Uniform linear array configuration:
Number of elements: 12
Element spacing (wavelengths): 0.25
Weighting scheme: blackman
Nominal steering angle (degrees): -15
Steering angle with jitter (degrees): -13.364
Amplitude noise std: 0.05
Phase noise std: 0.05

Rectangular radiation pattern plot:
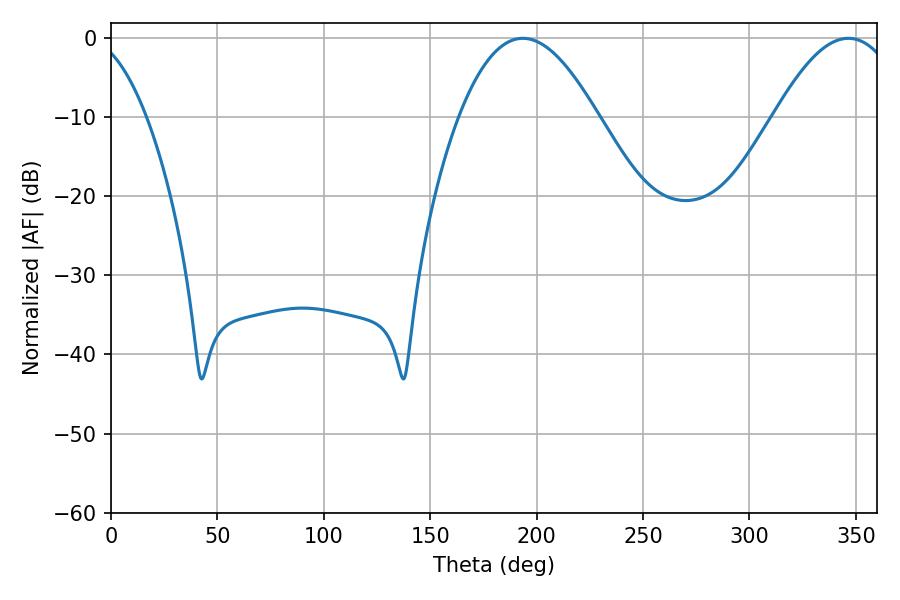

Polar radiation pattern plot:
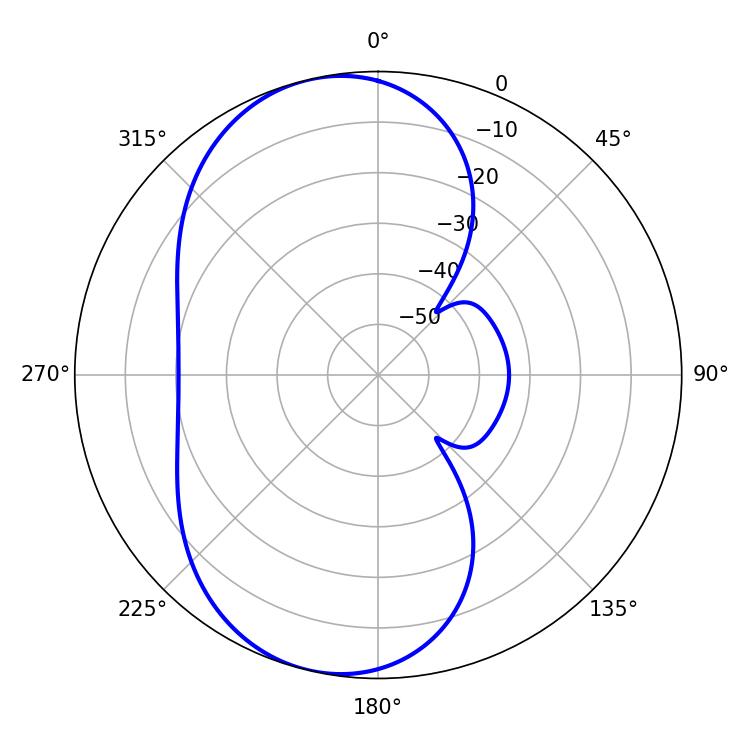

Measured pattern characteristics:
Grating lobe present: FALSE
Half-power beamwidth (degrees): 35.46
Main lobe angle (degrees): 193.5